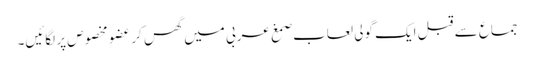
جماع سے قبل ایک گولی لعاب صمغ عربی میں گھس کر عضوِ مخصوص پر لگائیں۔